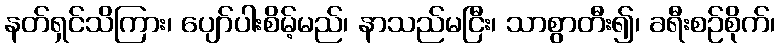
နတ်ရှင်သိကြား၊ ပျော်ပါးစိမ့်မည်၊ နာသည်မငြီး၊ သာစွာတီး၍၊ ခရီးစဉ်စိုက်၊